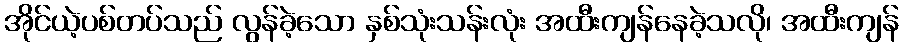
အိုင်ယဲ့ပစ်တပ်သည် လွန်ခဲ့သော နှစ်သုံးသန်းလုံး အထီးကျန်နေခဲ့သလို၊ အထီးကျန်